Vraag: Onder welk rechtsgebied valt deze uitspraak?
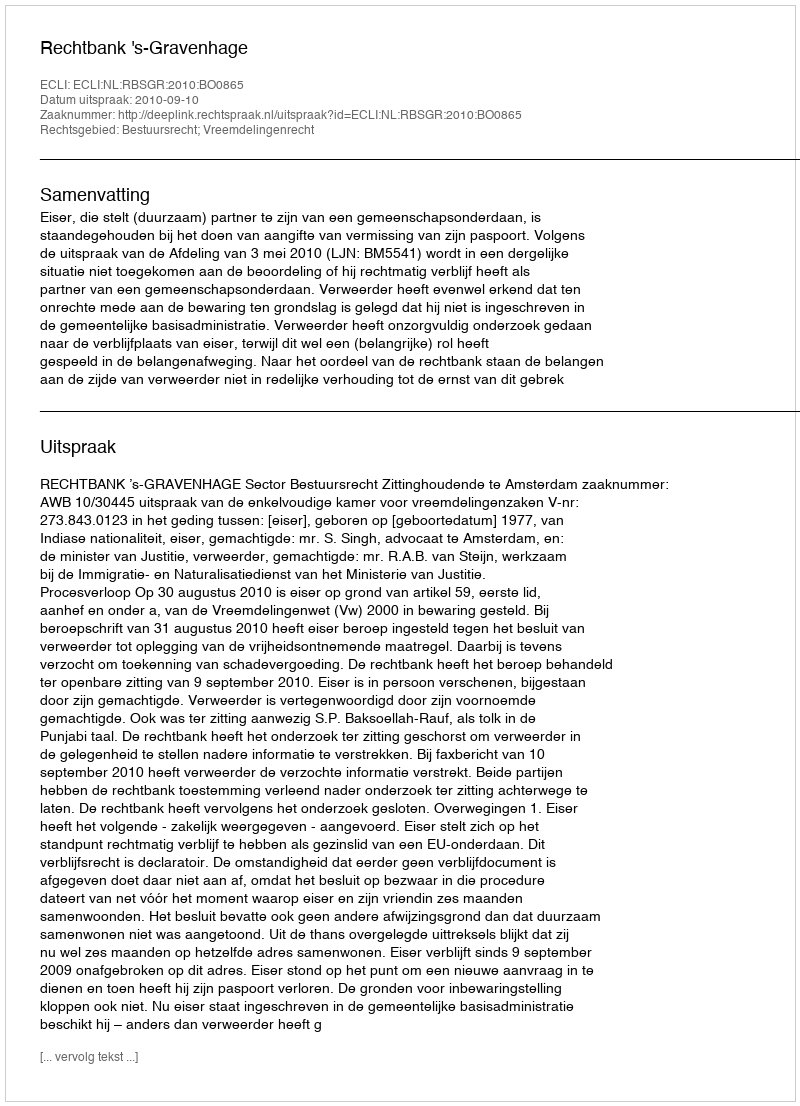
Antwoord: Bestuursrecht; Vreemdelingenrecht